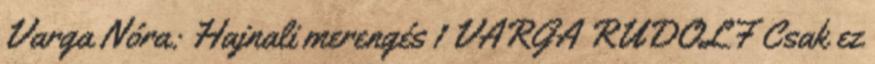
Varga Nóra: Hajnali merengés 1 VARGA RUDOLF Csak ez